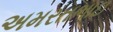
અમરતભાઇ